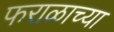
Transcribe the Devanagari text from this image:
फराळाच्या